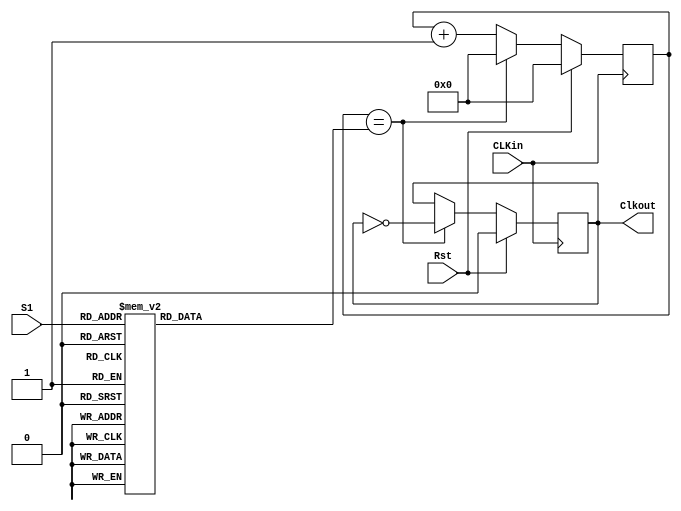
`timescale 1ns / 1ps
//////////////////////////////////////////////////////////////////////////////////
// Company: 
// Engineer: 
// 
// Design Name: 
// Module Name:    Divisor_100M_N 
// Project Name: 
// Target Devices: 
// Tool versions: 
// Description: 
//
// Dependencies: 
//
// Revision: 
// Revision 0.01 - File Created
// Additional Comments: 
//
//////////////////////////////////////////////////////////////////////////////////
module Divisor_100M_N(CLKin, Clkout, Rst, S1);
input CLKin;
input [3:0] S1;
output reg Clkout;
input wire Rst;
reg signed [26:0] contador;//log(2,f_in)-1
reg signed [26:0] Div;

always @(S1,Div)
	case (S1)
		10'd1: Div = 1666;
		10'd2: Div = 999;
		10'd3: Div = 666;
		10'd4: Div = 499;
		10'd5: Div = 399;
		10'd6: Div = 333;
		10'd7: Div = 284;
		10'd8: Div = 249;
		default: Div = 10000;
	endcase


always @ (posedge CLKin)
	if (Rst)
		begin 
		contador<=10'd0;
		Clkout<=0;
		end
	else
		if (contador==Div)
			begin
			contador<=10'd0;
			Clkout <=~Clkout;
			end
		else
			contador<=contador + 10'd1;
		
endmodule